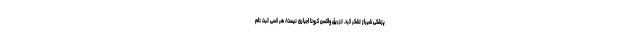
پزشکی شیراز تشکر کرد. تزریق واکسن کرونا اجباری نیست/ هر کسی ثبت نام